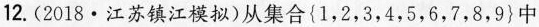
12.(2018\cdot江苏镇江模拟)从集合\left{1，2，3，4，5，6，7，8，9\right}中